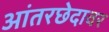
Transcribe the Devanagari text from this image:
आंतरछेदावर